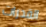
القدرات